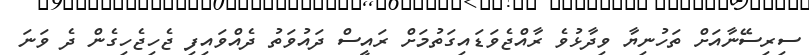
ސިރިސޭނާއަށް ތަހުނިޔާ ވިދާޅުވެ ރާއްޖެވަޑައިގަތުމަށް ރައީސް ދައުވަތު ދެއްވައިފި ޖެހިޖެހިގެން ދެ ވަނަ